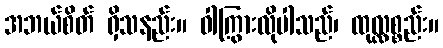
အဘယ်စိတ် ရှိသနည်း။ ဝါကြွားလိုပါသည်၊ ထုလ္လစ္စည်း။